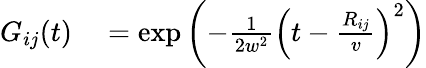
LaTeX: \begin{array}{rl}{G_{ij}(t)}&{{}=\exp\left(-\frac{1}{2w^{2}}\left(t-\frac{R_{ij}}{v}\right)^{2}\right)}\end{array}